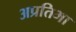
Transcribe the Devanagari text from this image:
अप्रतिभा